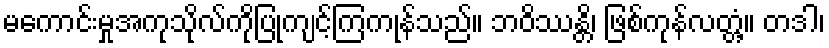
မကောင်းမှုအကုသိုလ်ကိုပြုကျင့်ကြကုန်သည်။ ဘဝိဿန္တိ၊ ဖြစ်ကုန်လတ္တံ့။ တဒါ၊